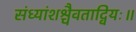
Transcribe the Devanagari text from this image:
संध्यांशश्चैवताद्वियः॥